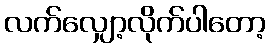
လက်လျှော့လိုက်ပါတော့